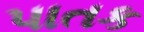
પાતક